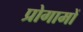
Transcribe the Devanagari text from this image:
प्रोगामों